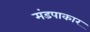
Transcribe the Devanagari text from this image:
मंडपाकार